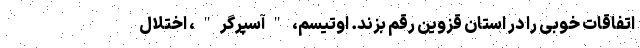
اتفاقات خوبی را در استان قزوین رقم بزند. اوتیسم، "آسپرگر"، اختلال